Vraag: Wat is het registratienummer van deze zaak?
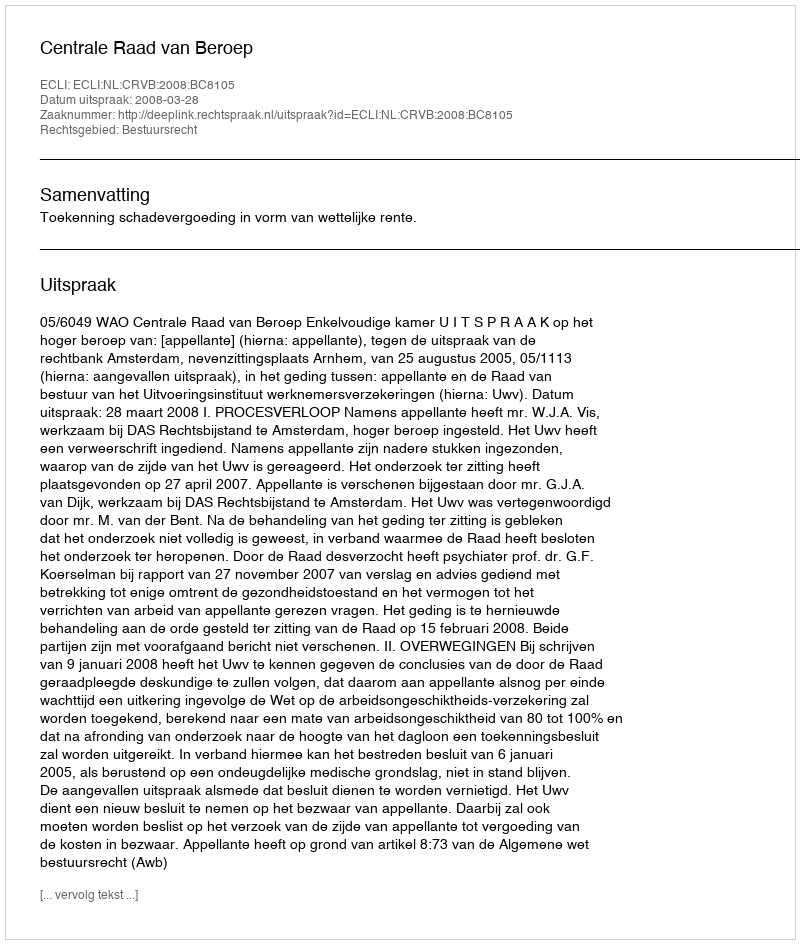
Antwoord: http://deeplink.rechtspraak.nl/uitspraak?id=ECLI:NL:CRVB:2008:BC8105